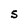
Character: S